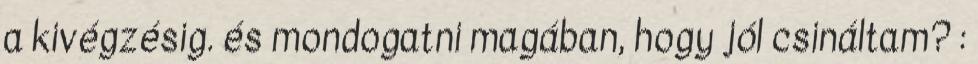
a kivégzésig. és mondogatni magában, hogy jól csináltam? :